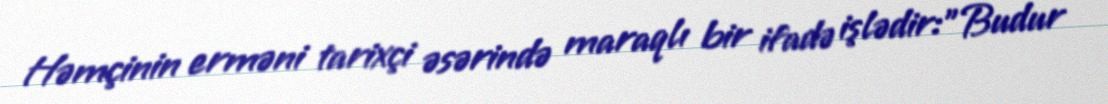
Həmçinin erməni tarixçi əsərində maraqlı bir ifadə işlədir:"Budur